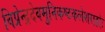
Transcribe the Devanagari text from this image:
विप्रेन्द्रदेवमुनिकष्टकलेशराहोः